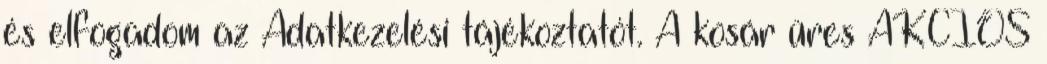
és elfogadom az Adatkezelési tájékoztatót. A kosár üres AKCIÓS